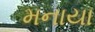
મનાયા